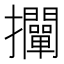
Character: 𢺛